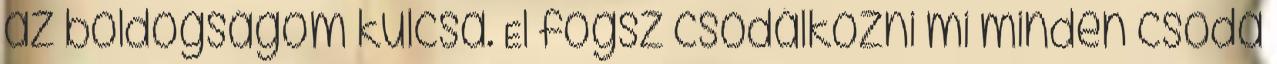
az boldogságom kulcsa. El fogsz csodálkozni mi minden csoda